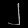
Digit: ၂